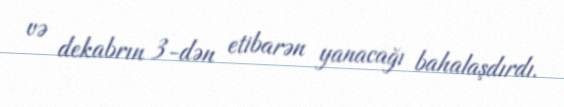
və dekabrın 3-dən etibarən yanacağı bahalaşdırdı.